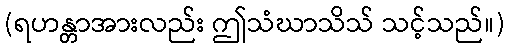
(ရဟန္တာအားလည်း ဤသံဃာသိသ် သင့်သည်။)